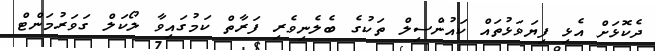
ދެކޮޅަށް އެޅި ފިޔަވަޅުތައް ކައުންސިލް ތަކުގެ ބެލެނިވެރި ފަރާތް ކަމުގައިވާ ލޯކަލް ގަވަރުމަންޓް